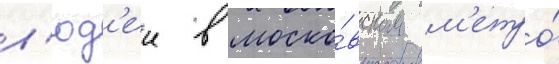
л'юд'еи в моско́вском м'етро́